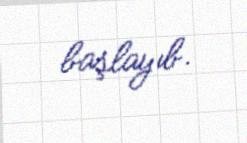
başlayıb.